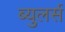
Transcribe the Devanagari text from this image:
ब्युलर्स